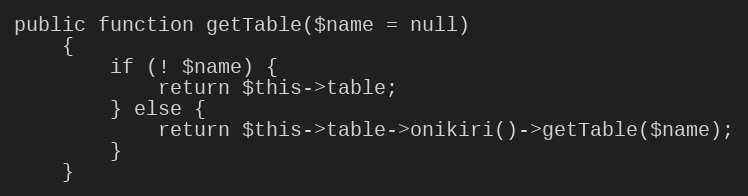
Language: PHP
public function getTable($name = null)
    {
        if (! $name) {
            return $this->table;
        } else {
            return $this->table->onikiri()->getTable($name);
        }
    }